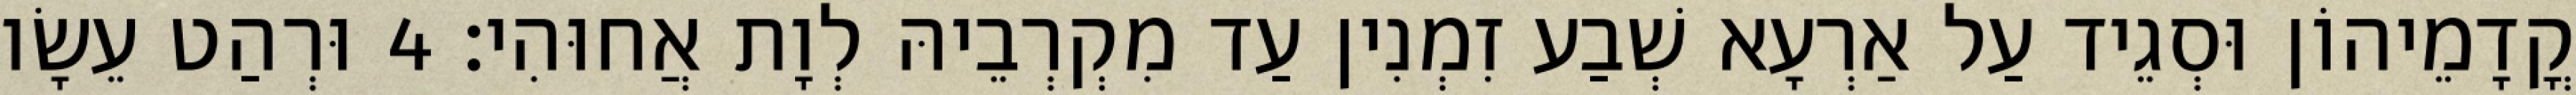
קֳדָמֵיהוֹן וּסְגֵיד עַל אַרְעָא שְׁבַע זִמְנִין עַד מִקְרְבֵיהּ לְוָת אֲחוּהִי׃ 4 וּרְהַט עֵשָׂו